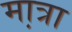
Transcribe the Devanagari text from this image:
मा़त्रा